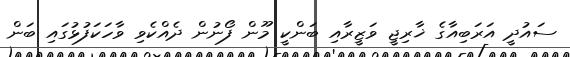
ސައުދީ އަރަބިއާގެ ޚާރިޖީ ވަޒީރާއި ބަންކީ މޫން ފޯނުން ދެއްކެވި ވާހަކަފުޅުގައި ބަން